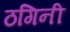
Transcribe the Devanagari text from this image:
ठगिनी